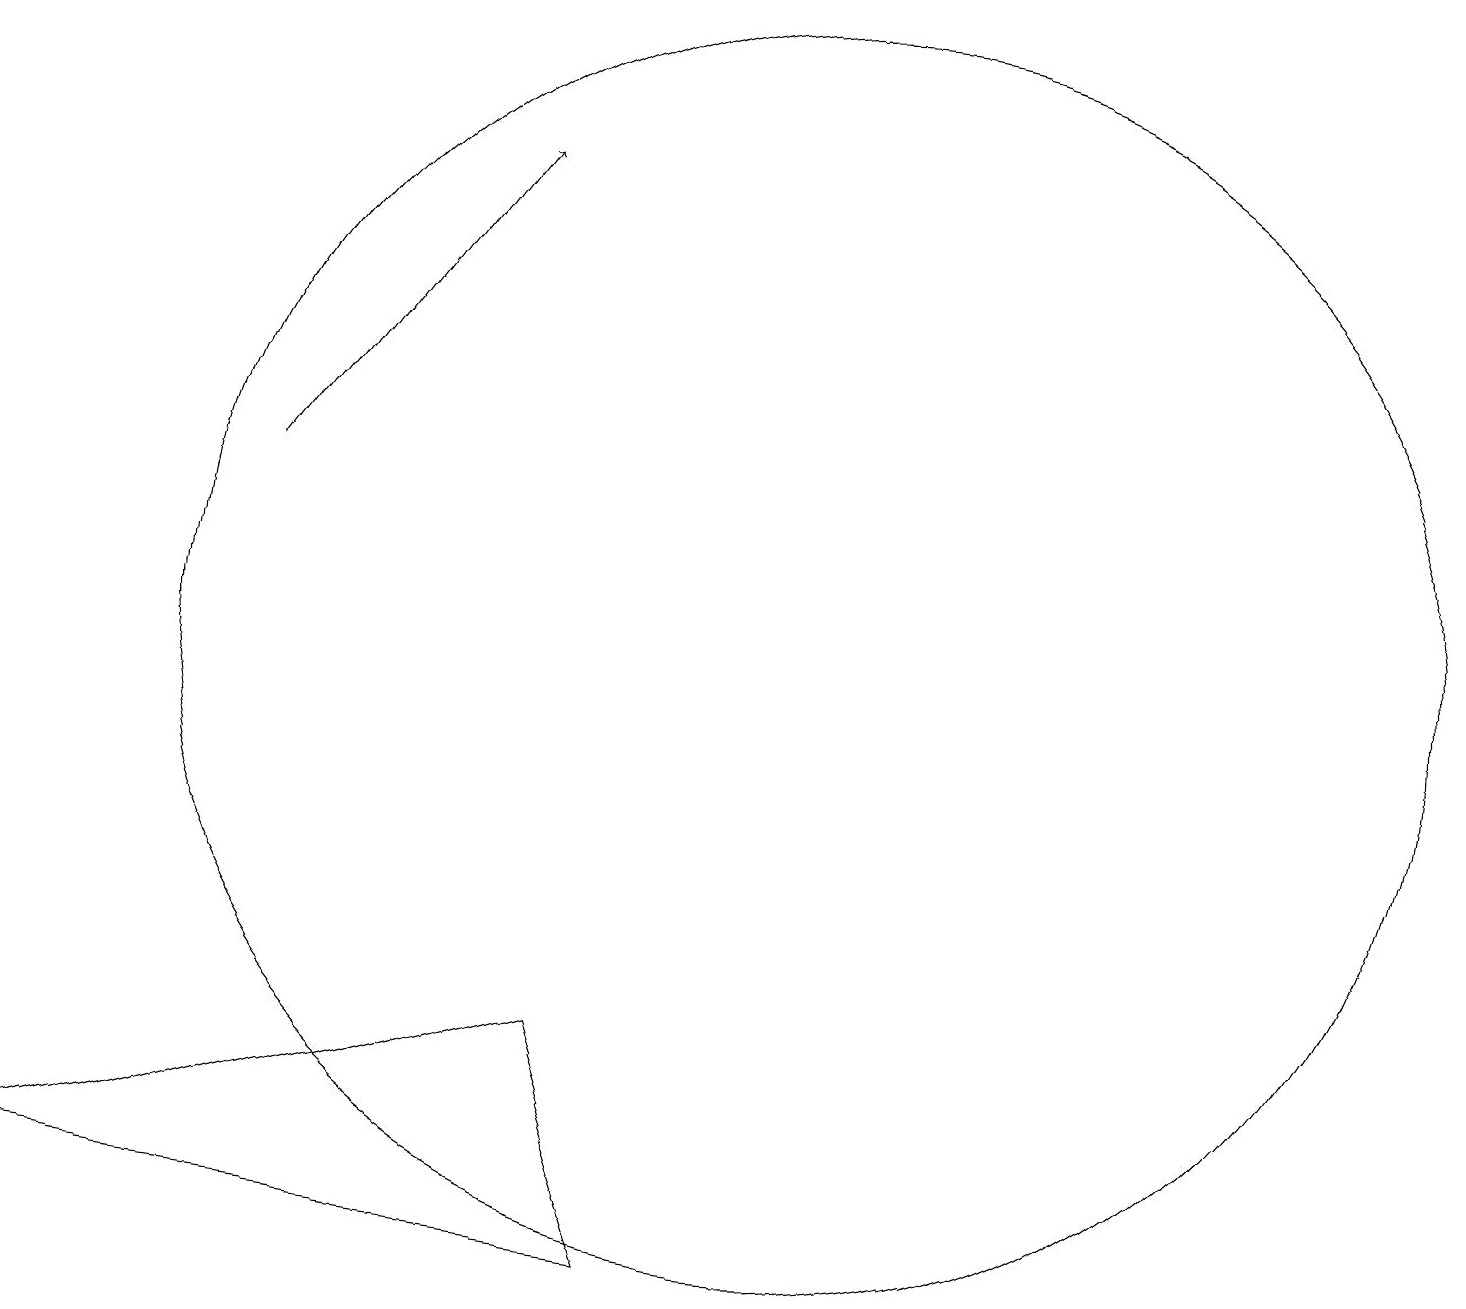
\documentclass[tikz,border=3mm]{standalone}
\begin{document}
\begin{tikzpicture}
\draw (11,10) circle (8);
\draw[->] (4,12) -- (7,16);
\draw (8,5) -- (9,2) -- (1,3) -- cycle;
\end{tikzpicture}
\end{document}